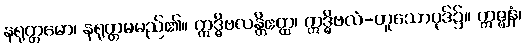
နရုတ္တမော၊ နရုတ္တမမည်၏။ ဣဒ္ဓိဗလန္တိဧတ္ထ၊ ဣဒ္ဓိဗလံ-ဟူသောပုဒ်၌။ ဣဇ္ဈနံ၊